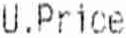
U.PRICE